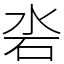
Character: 沯